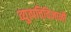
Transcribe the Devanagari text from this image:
व्युत्पत्तिविज्ञानी